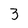
Character: 3